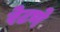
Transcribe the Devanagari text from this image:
रेटणे